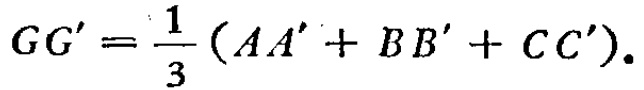
\(GG'=\frac{1}{3}(AA'+BB'+CC').\)